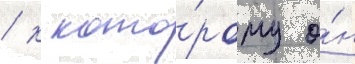
/ к кото́рому о́н